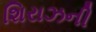
શિરાઝની